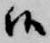
候